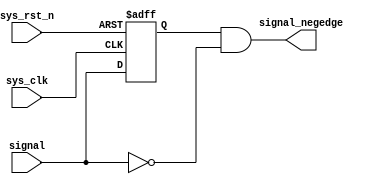
`timescale 1ns / 1ps
module negedge_capturer(
    input sys_clk,
    input sys_rst_n,
    input signal,
    output signal_negedge);

    reg signal_d0;
    assign signal_negedge = signal_d0 & ~signal;
    always @(posedge sys_clk or negedge sys_rst_n) begin
        if(!sys_rst_n) begin
            signal_d0 <= 1'b0;
        end
        else begin
            signal_d0 <= signal;
        end
    end
endmodule